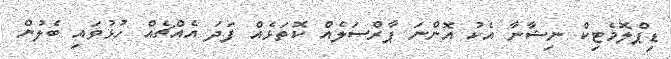
ޑިޕްލޮމެޓިކް ނިޝާނާ އެކު އޮންނަ ޕާރްސަލެއް ކޮތަޅެއް ފަދަ އެއްޗެއް ހުޅުވައި ބެލުން